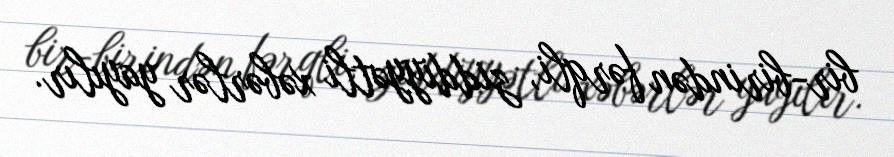
bir-birindən fərqli, ziddiyyətli xəbərlər yayılır.